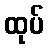
ထုပ်